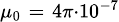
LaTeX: \scriptstyle\mu_{0}\; =\; 4\pi\cdot 10^{-7}